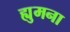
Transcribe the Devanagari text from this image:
ह्युमना